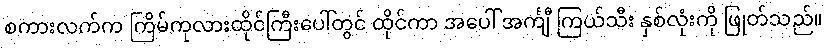
စကားလက်က ကြိမ်ကုလားထိုင်ကြီးပေါ်တွင် ထိုင်ကာ အပေါ် အင်္ကျီ ကြယ်သီး နှစ်လုံးကို ဖြုတ်သည်။